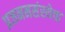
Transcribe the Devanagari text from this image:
प्रजननसंस्थेचा